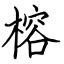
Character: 榕